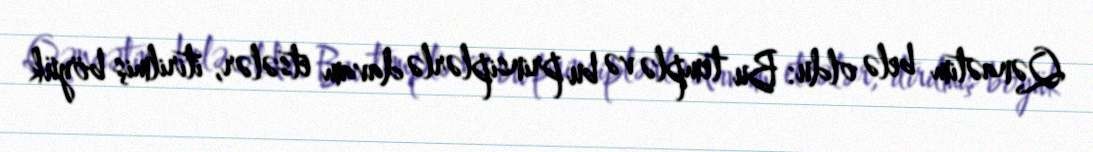
Qənaətim belə oldu: Bu templə və bu prinsiplərlə davam etsələr, itirilmiş böyük